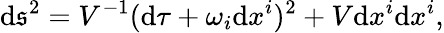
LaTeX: \mathrm{d}\mathfrak{s}^{2}=V^{-1}(\mathrm{d}\tau+\omega_{i}\mathrm{d}x^{i})^{2}+V\mathrm{d}x^{i}\mathrm{d}x^{i},